Vital statistics of India. Vol. VI, European troops 1870-79
Year: 1870
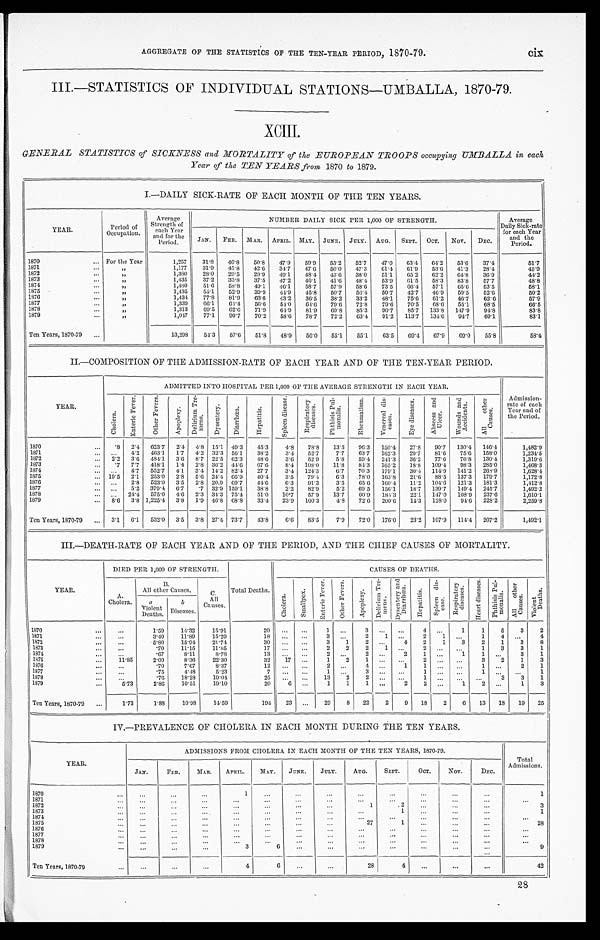
AGGREGATE OF THE STATISTICS OF THE TEN-YEAR PERIOD, 1870-79. cix
III.—STATISTICS OF INDIVIDUAL STATIONS—UMBALLA, 1870-79.
XCIII
GENERAL STATISTICS of SICKNESS and MORTALITY of the EUROPEAN TROOPS occupying UMBALLA in each
Year of the TEN YEARS from 1870 to 1879.
I.—DAILY SICK-RATE OF EACH MONTH OF THE TEN YEARS.
YEAR.
Period of
O c c u p a t i o n .
Average
Strength of
each Year
and for the
Period.
NUMBER DAILY SICK PER 1000 OF STRENGTH.
Average
Daily Sick-rate
for each Year
and the
Period.
JAN. FEB. MAR. APRIL. MAY. JUNE. JULY. AUG. SEPT. OCT. Nov. DEC.
1870
For the Year
1,257 31.8 46.8 50.8 47.9 59.9 55.2 52.7 47.0 63.4 64.2 53.6 37.4
51.7
1871
„
1,177 31.9 45.8 42.6 34.7 47.6 50.0 47.3 61.4 61.9 53.6 41.3 28.4
4 5 . 9
1872
„
1,380 28.0 29.5 29.9 49.1 48.4 43.6 38.0 51.1 65.2 62.2 64.8 36.9
4 4 . 2
1873
„
1,435 37.2 33.8 37.5 47.2 46.1 41.6 48.4 53.9 61.5 58.3 83.8 57.7
4 8 . 8
1874
„
1,480 51.6 58.8 49.1 46.1 58.7 57.9 58.6 73.3 66.4 57.1 65.6 53.5
5 8 . 1
1875
„
1,435 55.1 52.9 39.9 44.9 45.8 50.7 56.4 50.7 42.7 46.9 59.5 52.6
5 0 . 2
1876
„
1,434 77.8 81.9 63.6 43.2 36.5 38.2 33.2 48.1 75.6 61.2 46.7 62.6
5 7 . 9
1877
„
1,339 66.1 64.4 56.6 54.0 64.6 79.6 72.8 79.6 70.5 68.6 55.1 68.5
66.5
1878
„
1,313 69.5 62.6 71.9 64.9 81.9 69.8 85.3 90.7 85.7 133.8 147.9 94.8
8 3 . 8
1879
„
1,047 77.1 90.7 70.2 58.6 78.7 72.2 63.4 91.2 113.7 134.6 94.7 69.1
83.1
Ten Years, 1870-79
13,298 54.3 57.6 51.8 48.9 56.0 55.1 55.1 63.5 69.4 67.9 69.0 55.8
5 3 . 4
II.—COMPOSITION OF THE ADMISSION-RATE OF EACH YEAR AND OF THE TEN-YEAR PERIOD.
ADMITTED INTO HOSPITAL PER 1,000 OF THE AVERAGE STRENGTH IN EACH YEAR.
Admission-
rate of each
Year and of
the Period.
YEAR.
C h o l e r a .
E n t e r i c F e v e r .
O t h e r F e v e r .
A p o p l e x y .
D e l i r i u m T r e -
m e n s .
D y s e n t e r y .
D i a r r h œ a .
H e p a t i t i s .
S p l e e n d i s e a s e .
R e s p i r a t o r y d i s e a s e s .
P h t h i s i s P u l - m o n a l i s .
R h e u m a t i s m .
V e n e r e a l d i s - e a s e s .
E y e d i s e a s e s . A b s c e s s a n d U l c e r .
W o u n d s a n d A c c i d e n t s .
A l l o t h e r C a u s e s .
1870
. 8 2.4 623.7 2.4 4.8 15.1 49.3 45.3 4.8 78.8 13.5 96.3 150.4 27.8 90.7 130.4 146.4
1, 482. 9
1871
4.2 463.1 1.7 4.2 32.3 56.1 38.2 3.4 52.7 7.7 63.7 162.3 29.7 81.6 75.6 158.0
1, 234. 5
1872
2.2 3.6 484.1 3.6 8.7 22.5 62.3 48.6 3.6 52.9 5.8 59.4 241.3 36.2 77.6 76.8 130.4
1, 319. 6
1873
. 7 7.7 418.1 1.4 2.8 36.2 44.6
6 7 . 6 8.4 108.0 11.8 84.3 165.2 18.8 109.4 98.3 285.0
1, 468. 3
1874
47 552.7 4.1 3.4 14.2 82.4 27.7 3.4 124.3
6 . 7 70.3 179.1 30.4 114.9 141.2 268.9
1, 628. 4
1875
19.5 2.1 253.0 2.8 5.6 24.4 66.9 40.4 3.5 79.4 6.3 78.0 163.8 21.6 88.5 137.3 179.7
1, 172. 8
1876
2.8 523.0 3.5 2.8 20.9 69.7 44.6 6.3 91.3 3.5 65.6 160.4 11.2 104.6 121.3 181.3
1, 412. 8
1877
5.2 379.4 6.7 .7 32.9 159.1 38.8 2.2 82.9 5.2 69.5 156.1 18.7 139.7 149. 4 245.7
1, 492. 2
1878
24.4 575.0 4.6 2.3 34.3 75.4 51.0 10.7 57.9 13.7 60.9 184.3 22.1 147.0 108.9 237.6
1, 610. 1
1879
8. 6 3.8 1,225.4 3.8 1.9 46.8 68.8 33.4 23.9 100.3 4.8 72.6 200.6 14.3 128.0 94.6 228.2
2,259.8
Ten Years, 1870-79
3.1 6.1 532.0 3.5 3.8 27.4 73.7 43.8 6.6 83.5 7.9 72.0 176.0 23.2 107.9 114.4 207.2
1, 492. 1
III.—DEATH-RATE OF EACH YEAR AND OF THE PERIOD, AND THE CHIEF CAUSES OF MORTALITY.
YEAR.
DIED PER 1,000 OF STRENGTH.
Total Deaths.
CAUSES OF DEATHS.
A.
Cholera.
B.
All other Causes.
C.
All
Causes.
C h o l e r a . S m a l l p o x .
E n t e r i c F e v e r .
O t h e r F e v e r .
A p o p l e x y .
D e l i r i u m T r e - m e n s . D y s e n t e r y a n d D i a r r h œ a .
H e p a t i t i s . S p l e e n d i s - e a s e s .
R e s p i r a t o r y d i s e a s e s . H e a r t d i s e a s e s .
P h t h i s i s P u l - m o n a l i s . A l l o t h e r C a u s e s .
V i o l e n t D e a t h s .
a.
Violent Deaths.
b
Diseases.
1870
1.59 14.32 15.91
20
1
3
4
1 1 5 3 2
1871
3.40 11.89 15.29
1 8
3
2 1
2 1
1 4
4
1872
5.80 15.94 21.74
30
3 1
2
4 2 1 3 2 1 3 8
1873
.70 11.15 11.85
1 7
2 2 2 1
2
1 3 3 1
1874
. 6 7 8.11
8.78
13
2
2
2 1
1 1
3 1
1875
11.85
2.09 8.36 22.30
32 17
1 2 1
2
3 2 1 3
1876
.70
7.67
8.37
12
2
4
1 1
1
2 1
1877
.75
4.48
5.23
7
1
3
1
1
1
1878
.76 18.28 19.04
25
13
2 2
1
3 3 1
1879
5.73
2.86 10.51 19.10
20 6
1 1 1
2 2
1 2
1 3
Ten Years, 1870-79
1.73
1.88 10.98 14.59
194 23
29 8 22 2 9 18 2 6 13 18 19 25
IV.—PREVALENCE OF CHOLERA IN EACH MONTH DURING THE TEN YEARS.
ADMISSIONS FROM CHOLERA IN EACH MONTH OF THE TEN YEARS, 1870.79.
Total
YEAR.
J AN.
FEB. MAR. APRIL. MAY. JUNE. JULY. AUG.
SEPT.
OCT. Nov. DEC. Admissions.
1870
1
1
1871 1872
1
2
3
1873
1
1
1874 1875
27
1
28
1876 1877 1878 1879
3
6
9
Ten Years, 1870-79
4
6
28
4
42
28